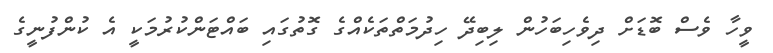
ވީހާ ވެސް ބޮޑަށް ދިވެހިބަހުން ލިބިދޭ ހިދުމަތްތަކެއްގެ ގޮތުގައި ބައްޓަންކުރުމަކީ އެ ކުންފުނީގެ